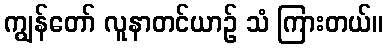
ကျွန်တော် လူနာတင်ယာဉ် သံ ကြားတယ်။